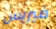
فيريس